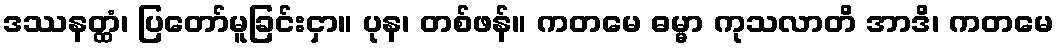
ဒဿနတ္ထံ၊ ပြတော်မူခြင်းငှာ။ ပုန၊ တစ်ဖန်။ ကတမေ ဓမ္မာ ကုသလာတိ အာဒိ၊ ကတမေ